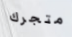
متجرك